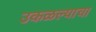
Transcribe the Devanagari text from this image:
उकळल्याचा